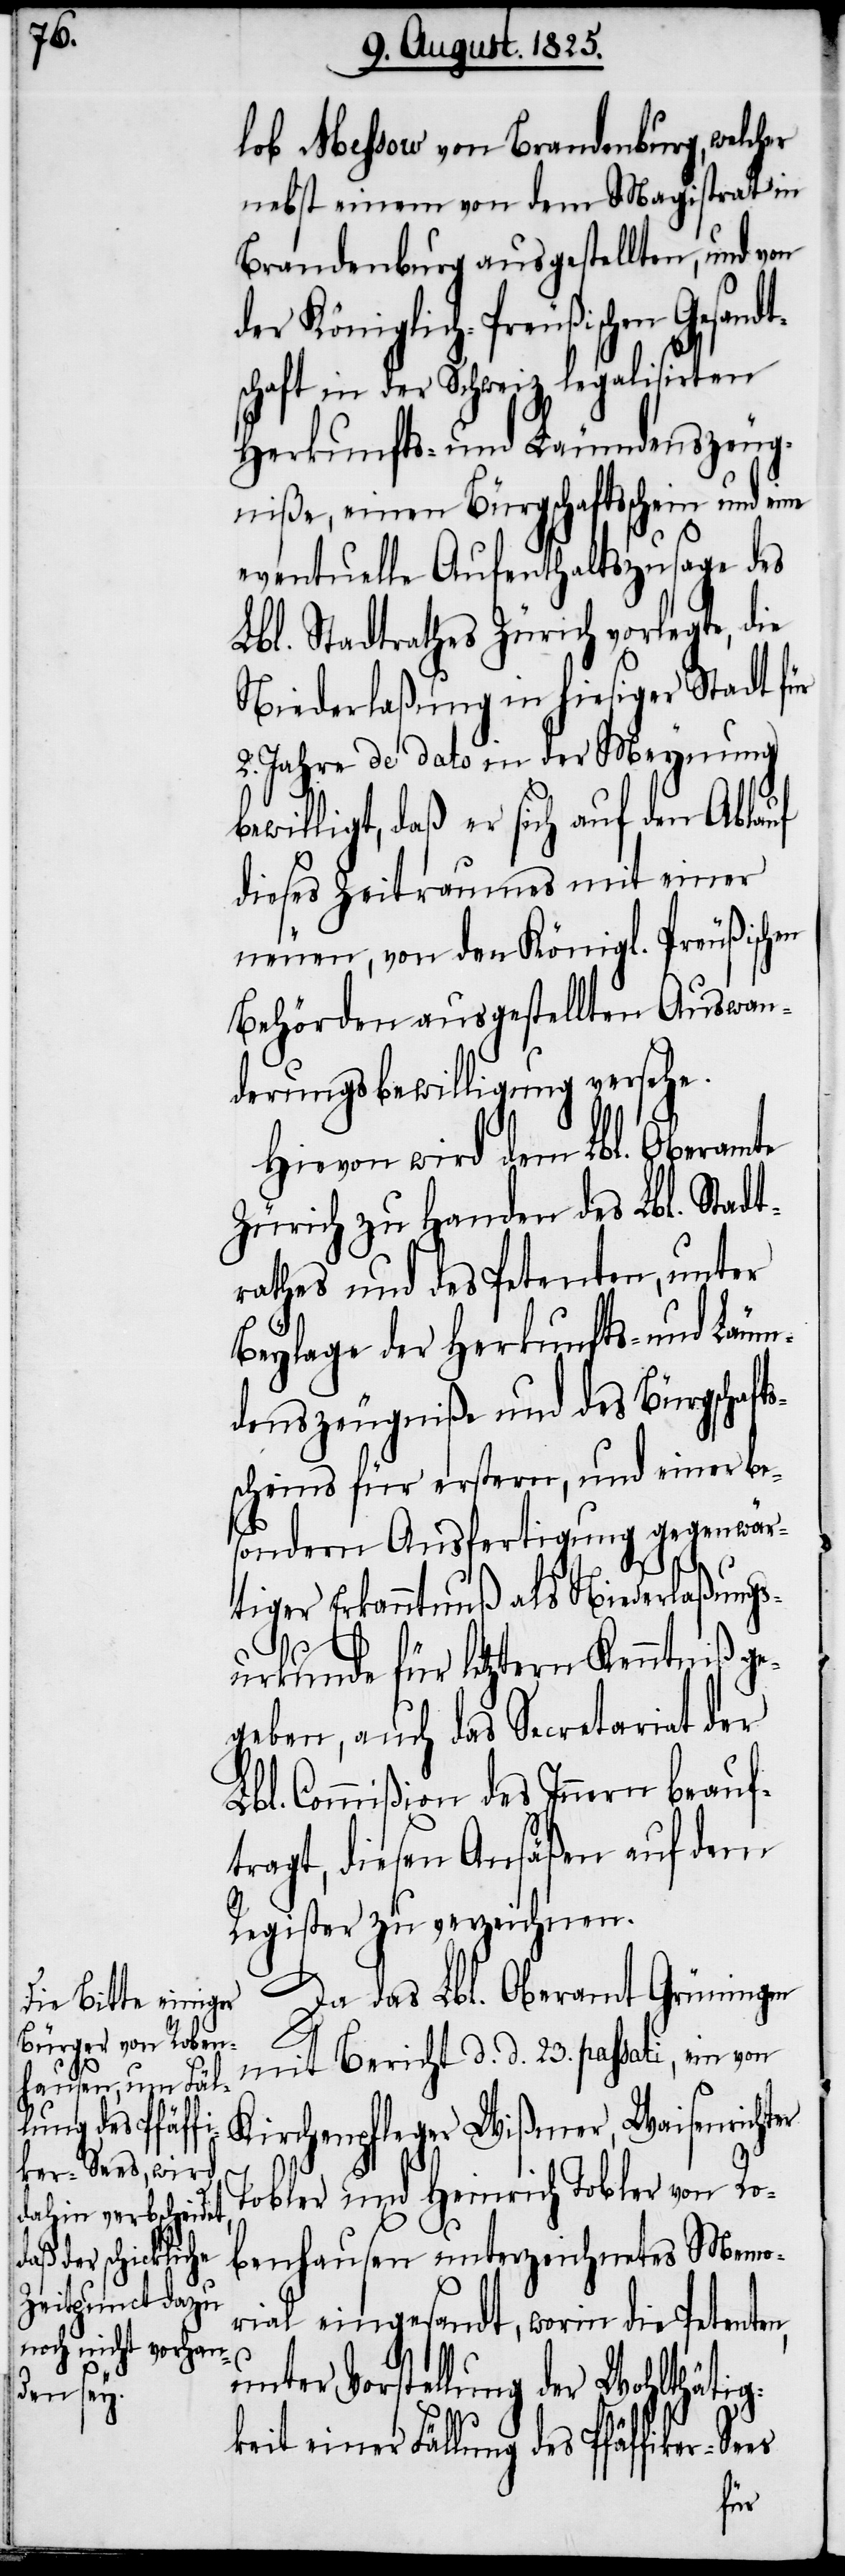
t¬

lob Messow von Brandenburg, welcher
nebst einem von dem Magistrat in
Brandenburg ausgestellten, und von
der Königlich-Preußischen Gesand¬
schaft in der Schweiz legalisirten
Herkunfts-und Läumdenszeug¬
niße, einen Bürgschaftsschein und eine
eventuelle Aufenthaltszusage des
Lbl. Stadtrathes Zürich vorlegte, die
Niederlaßung in hiesiger Stadt für
2. Jahre de dato in der Meynung
bewilligt, daß er sich auf den Ablauf
dieses Zeitraumes mit einer
neuen, von den Königl. Preußischen
Behörden ausgestellten Auswan¬
derungsbewilligung versehe.
Hievon wird dem Lbl. Oberamte
Zürich zu Handen des Lbl. Stadt¬
rathes und des Petenten, unter
Beylage der Herkunfts- und Läum¬
denszeugniße und des Bürgschafts¬
scheins für erstern, und einer be¬
sondern Ausfertigung gegenwär¬
tiger Erkanntnuß als Niederlaßungs¬
urkunde für letztern Kenntniß ge¬
geben, auch das Secretariat der
Lbl. Commißion des Innern beauf¬
tragt, diesen Ansäßen auf dem
Register zu verzeichnen.
Da das Lbl. Oberamt Grüningen
mit Bericht d. d. 23passati, ein von
Kirchenpfleger Wißmer, Waisenrichter
Tobler und Heinrich Tobler von Ro¬
benhausen unterzeichnetes Memo¬
rial eingesandt, worin die Petenten,
unter Vorstellung der Wohlthätig¬
einer Fällung des Pfäffiker-Se¬
es